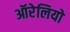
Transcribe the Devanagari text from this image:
ऑरेलियो